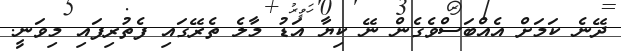
ދޭނެ ކަމަށް އެއްބަސްވެގެން ނޭ ކިޔާ އަޑު މާލެ ތެރޭގައި ފެތުރިފައި މިވަނީ.